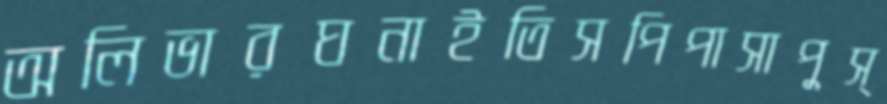
অলিভারঘনাইতিসপিপাসাপুস্